King Institute of Preventive Medicine Micro-Biological Section reports 1909-11
Year: 1909
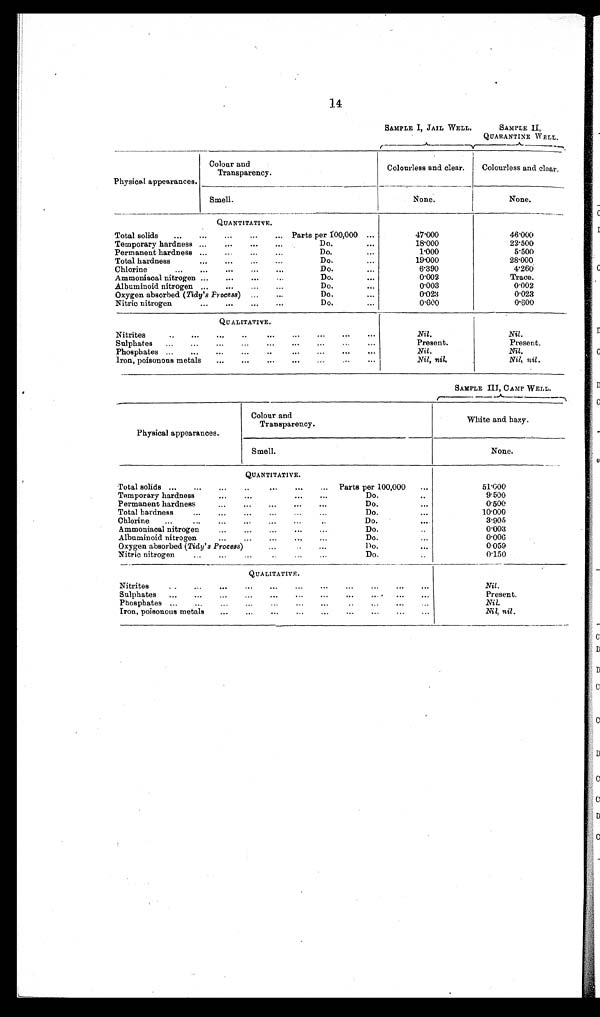
SAMPLE I, JAIL WELL.
SAMPLE II,
QUARANTINE WELL.
Physical appearances.
Colour and
Transparency.
Colourless and clear
Colourless and clear.
Smell.
None.
None.
QUANTITATIVE.
Total solids
...
...
...
...
Parts per 100,000 ...
47.000
46.000
Temporary hardness ...
...
...
...
Do.
...
18.000
22.500
Permanent hardness ...
...
...
...
Do.
...
1.000
5.500
Total hardness
...
...
...
...
Do.
...
19.000
28.000
C hl orine
... ...
...
...
...
Do.
...
6.390
4.260
Ammoniacal nitrogen ...
...
...
...
Do.
...
0.002
Trace.
Albuminoid nitrogen ...
...
...
...
Do.
0.003
0.002
Oxygen absorbed ( Tidy's Process) ...
...
Do.
...
0.023
0.023
Nitric nitrogen.
...
...
...
nitrogen..
Do.
0.600
0.600
QUALITATIVE
Nitrites
..
...
...
..
...
...
...
...
...
Nil.
Nil.
Sulphates
...
...
...
...
•..
..•
...
...
Present.
Present.
Phosphates ...
...
...
...
..
...
...
...
...
Nil.
Nil.
Iron, poisonous metals
...
...
..•
...
...
...
...
Nil, nil.
Nil, nil.
SAMPLE III, CAMP WELL.
Physical appearances.
Colour and
Transparency.
White and hazy.
Smell.
None.
QUANTITATIVE.
Total solids ...
...
..
...
...
...
''
Parts per 100,000
...
51.000
Temporary hardness
...
...
...
...
Do.
..
9.500
Permanent hardness
...
...
...
...
Do.
...
0.500
Total hardness
...
...
...
...
...
Do.
...
10.000
Chlorine
...
...
...
...
...
...
Do.
. . .
3.905
Ammoniacal nitrogen...
...
...
...
Do.
0.003
Albuminoid nitrogen...
... ... ...
Do.
...
0.006
Oxygen absorbed (Tidy's Process )
... ...
. . .
0.59
Nitric nitrogen
...
...
...
... ... ...
Do.
0.150
QUALITATIVE.
Nitrites
. .
...
. . .
. . . .
. . . .
. . .
. . .
. . .
.
••
Nil.
Sulphates
...
...
...
...
...
...
....
...
Present.
Phosphates ...
..
..
...
...
...
...
...
Nil.
Iron, poisonous metals
...
...
...
...
...
...
...
Nil, nil.